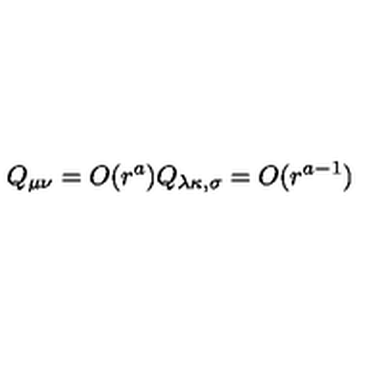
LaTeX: Q _ { \mu \nu } = O ( r ^ { a } ) Q _ { \lambda \kappa , \sigma } = O ( r ^ { a - 1 } )